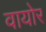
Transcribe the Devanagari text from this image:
वायोर